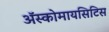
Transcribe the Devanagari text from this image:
अॅस्कोमायसिटिस